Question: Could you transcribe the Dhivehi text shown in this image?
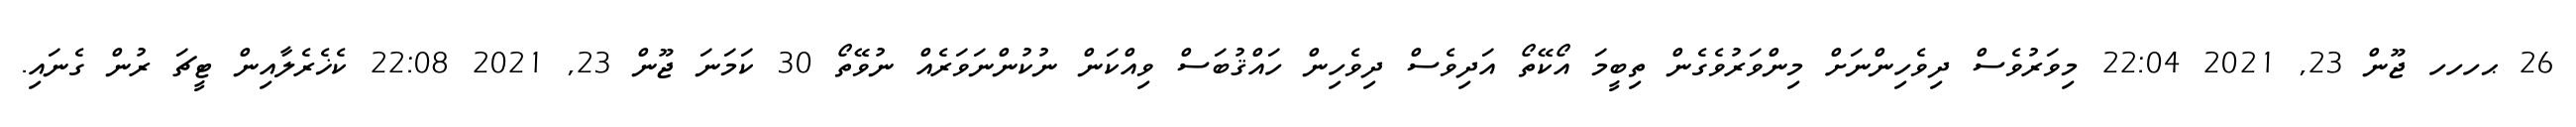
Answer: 26 ޙހހހ ޖޫން 23, 2021 22:04 މިވަރުވެސް ދިވެހިންނަށް މިންވަރުވެގެން ތިބީމަ އޯކޭތޯ އަދިވެސް ދިވެހިން ހައްޤުބަސް ވިއްކަން ނުކުންނަވަރެއް ނުވޭތޯ 30 ކަމަނަ ޖޫން 23, 2021 22:08 ކެޚެރެލާއިން ޓީޗަ ރުން ގެނައި.